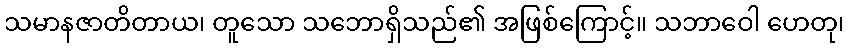
သမာနဇာတိတာယ၊ တူသော သဘောရှိသည်၏ အဖြစ်ကြောင့်။ သဘာဝေါ ဟေတု၊